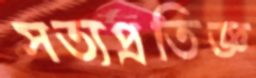
সত্যপ্রতিজ্ঞ